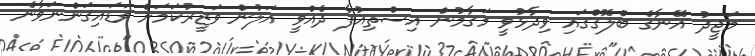
މަޖީދު އޭނާގެ ބްލޮގްގައި ވިދާޅުވީ މަގާމުން އިސްތިއުފާ ދެއްވީ އަލުން ވަޒީރުކަމަށް ވަޑައިގަންނަވާނެ